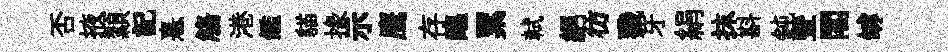
否掖纇記憙觴港鑑貓掾示鹰存醖累軾絕彷戮牙絹抹斟鈍曁閣罅